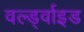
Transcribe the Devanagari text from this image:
वर्ल्ड्वाइड